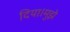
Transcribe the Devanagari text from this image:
दिया।मुझे